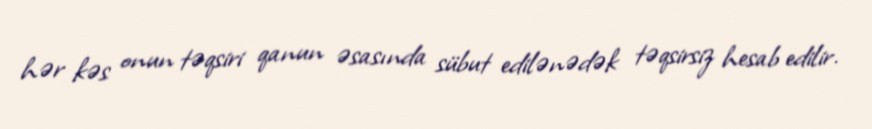
hər kəs onun təqsiri qanun əsasında sübut edilənədək təqsirsiz hesab edilir.